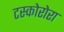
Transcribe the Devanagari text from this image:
टस्कोरोरा